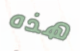
هذه